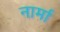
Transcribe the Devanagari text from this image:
नार्मा